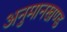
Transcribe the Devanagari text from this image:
अनुमानखण्ड